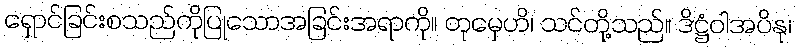
ရှောင်ခြင်းစသည်ကိုပြုသောအခြင်းအရာကို။ တုမှေဟိ၊ သင်တို့သည်။ ဒိဋ္ဌံဝါအပိနု၊